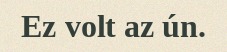
Ez volt az ún.